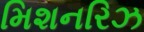
મિશનરિઝ